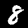
Label: 8